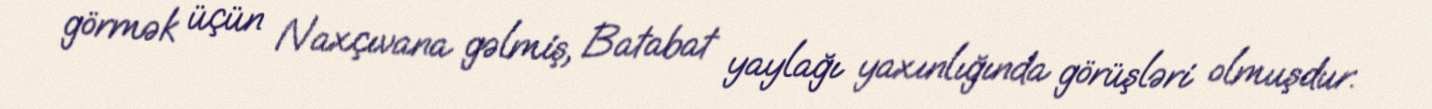
görmək üçün Naxçıvana gəlmiş, Batabat yaylağı yaxınlığında görüşləri olmuşdur.